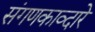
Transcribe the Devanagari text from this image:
संगणकाव्दारे